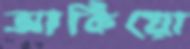
আকিয়ো